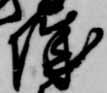
城